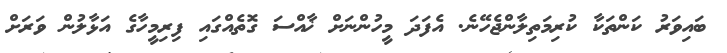
ބައިވަރު ކަންތަކާ ކުރިމަތިލާންޖެހޭނެ. އެފަދަ މީހުންނަށް ޚާއްސަ ގޮތެއްގައި ފިރިމީހާގެ އަޅާލުން ވަރަށް